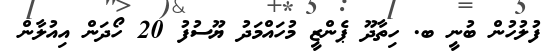
ފުލުހުން ބުނީ ބ. ހިތާދޫ ޕެންޒީ މުހައްމަދު ޔޫސުފު 20 ހޯދަން އިއުލާން